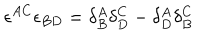
LaTeX: \epsilon ^ { A C } \epsilon _ { B D } = \delta _ { B } ^ { A } \delta _ { D } ^ { C } - \delta _ { D } ^ { A } \delta _ { B } ^ { C }